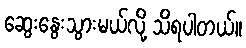
ဆွေးနွေးသွားမယ်လို့ သိရပါတယ်။